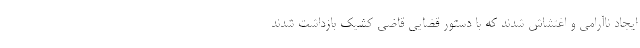
ایجاد ناآرامی و اغتشاش شدند که با دستور قضایی قاضی کشیک بازداشت شدند